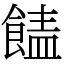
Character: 䭍